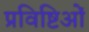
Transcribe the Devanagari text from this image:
प्रविष्टिओं